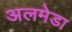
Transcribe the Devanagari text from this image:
अलमेडा